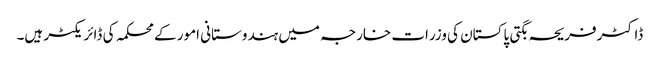
ڈاکٹرفریحہ بگتی پاکستان کی وزرات خارجہ میں ہندوستانی امور کے محکمہ کی ڈائریکٹر ہیں۔